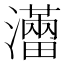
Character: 𤃐